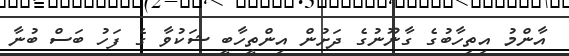
އާންމު އިތިހާބުގެ ގާނޫނުގެ ދަށުން އިންތީހާބީ ޝަކުވާ ގެ ފަހު ބަސް ބުނާ